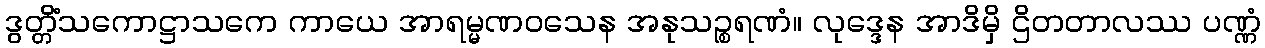
ဒွတ္တိံသကောဋ္ဌာသကေ ကာယေ အာရမ္မဏဝသေန အနုသဉ္စရဏံ။ လုဒ္ဒေန အာဒိမှိ ဌိတတာလဿ ပဏ္ဏံ